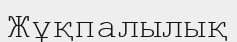
Жұқпалылық